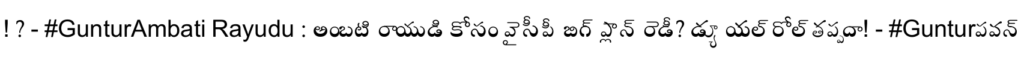
! ? - #GunturAmbati Rayudu : అంబటి రాయుడి కోసం వైసీపీ బిగ్ ప్లాన్ రెడీ? డ్యూయల్ రోల్ తప్పదా! - #Gunturపవన్